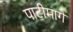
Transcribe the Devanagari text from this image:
पाटीमागे